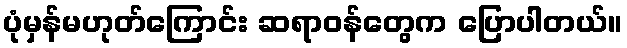
ပုံမှန်မဟုတ်ကြောင်း ဆရာဝန်တွေက ပြောပါတယ်။